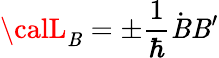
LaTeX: {\calL}_{\mathit{B}}=\pm\frac{1}{{\hbar}}\dot{{\mathit{B}}}\mathit{B}^{\prime}